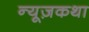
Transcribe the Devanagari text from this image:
न्यूज़कथा